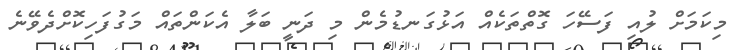
މިކަމަށް ލުއި ފަސޭހަ ގޮތްތަކެއް އަޅުގަނޑުމެން މި ދަނީ ބަލާ އެކަންތައް މަގުފަހިކޮށްދެވޭނެ